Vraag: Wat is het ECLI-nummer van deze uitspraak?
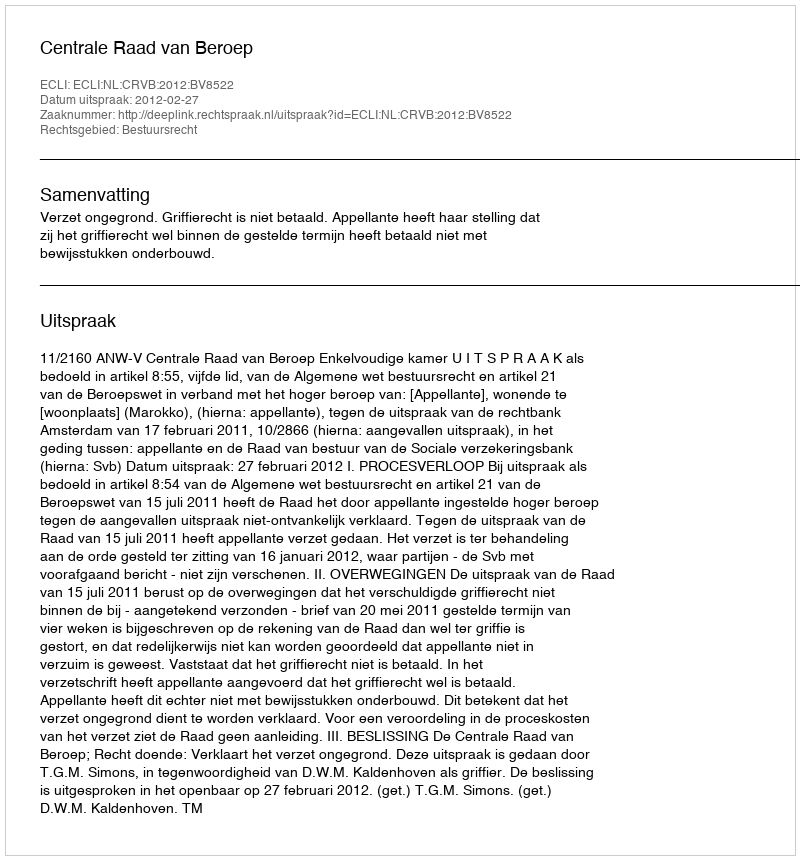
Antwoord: ECLI:NL:CRVB:2012:BV8522